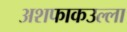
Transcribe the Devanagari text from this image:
अशफाकउल्ला